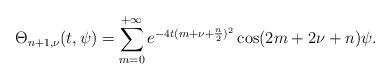
LaTeX: \begin{align*}\Theta _{n+1,\nu }(t,\psi )=\sum\limits_{m=0}^{+\infty}e^{-4t(m+\nu +\frac{n}{2})^2}\cos (2m+2\nu+n)\psi.\end{align*}